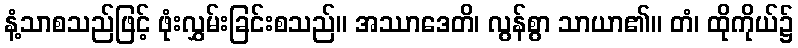
နံ့သာစသည်ဖြင့် ဖုံးလွှမ်းခြင်းစသည်။ အဿာဒေတိ၊ လွန်စွာ သာယာ၏။ တံ၊ ထိုကိုယ်၌